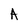
Character: A